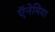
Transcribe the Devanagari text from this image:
ऍनेमिया